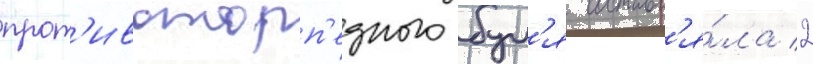
прот'ивоторп'едного бул'я составл'я́ла 2